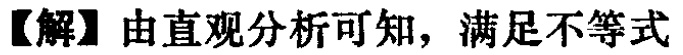
【解】由直观分析可知，满足不等式